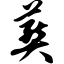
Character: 葬